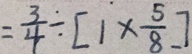
= \frac { 3 } { 4 } \div [ 1 \times \frac { 5 } { 8 } ]